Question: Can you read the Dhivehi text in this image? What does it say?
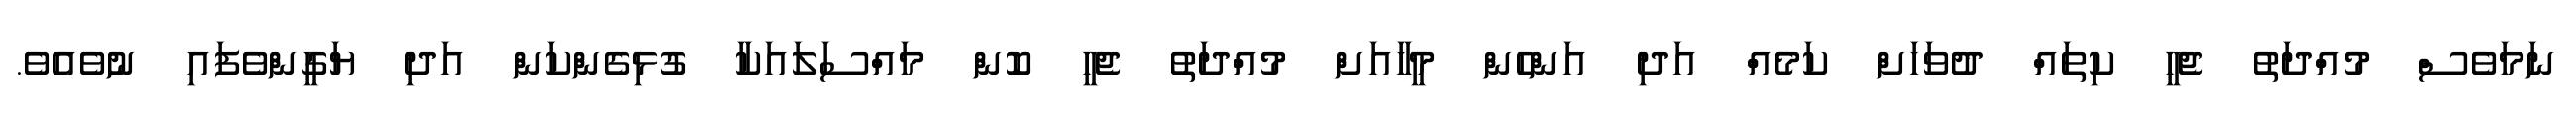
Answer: ނަމަވެސް މުއްދަތު ޖެހީ ކިތައް ދުވަހަށް ކަމެއް އަދި އަންހެން މީހާއަށް މުއްދަތު ޖެހީ ކޮން މައްސަލައަކާ ގުޅިގެންކަން އަދި ޔަގީންވެފައި ނުވެއެވެ.